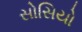
સોસિયો